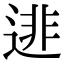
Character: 𨓿